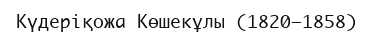
Күдеріқожа Көшекұлы (1820—1858)